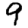
Digit: 9